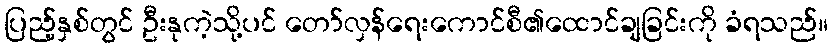
ပြည့်နှစ်တွင် ဦးနုကဲ့သို့ပင် တော်လှန်ရေးကောင်စီ၏ထောင်ချခြင်းကို ခံရသည်။